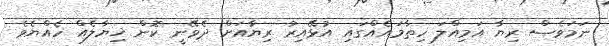
ނަމަވެސް ރިޔާ އަމިއްލަ ހިތާމައެއްގައި އުޅޭއިރު ރިޔާއަށް ދެވޭނީ ކޮން ޚިޔާލެއް ހެއްޔެވެ